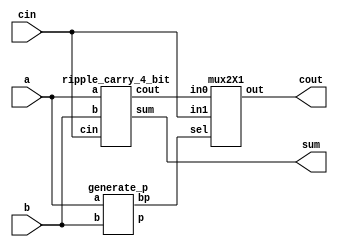
`timescale 1ns / 1ps



module carry_skip_adder(a, b, cin, sum, cout);
input [3:0] a,b;
input cin;
output [3:0] sum;
output cout;
wire [3:0] p;
wire c0;
wire bp;

ripple_carry_4_bit rca1 (.a(a[3:0]), .b(b[3:0]), .cin(cin), .sum(sum[3:0]), .cout(c0));
generate_p p1(a,b,p,bp);
mux2X1 m0(.in0(c0),.in1(cin),.sel(bp),.out(cout));

endmodule

module generate_p(a,b,p,bp);
input [3:0] a,b;
output [3:0] p;
output bp;
assign p= a^b;//get all propagate bits
assign bp= &p;// and p0p1p2p3 bits
endmodule

module ripple_carry_4_bit(a,b,cin,sum,cout);
input [3:0] a,b;
input cin;
wire c1,c2,c3;
output [3:0] sum;
output cout;

full_adder fa0(.a(a[0]), .b(b[0]),.cin(cin), .sum(sum[0]),.cout(c1));
full_adder fa1(.a(a[1]), .b(b[1]), .cin(c1), .sum(sum[1]),.cout(c2));
full_adder fa2(.a(a[2]), .b(b[2]), .cin(c2), .sum(sum[2]),.cout(c3));
full_adder fa3(.a(a[3]), .b(b[3]), .cin(c3), .sum(sum[3]),.cout(cout));
endmodule

module full_adder(a,b,cin,sum,cout);
output sum,cout;
input a,b,cin;
assign sum= (a^b)^cin;
assign cout = (cin&(a^b))|(a&b);
endmodule


module mux2X1( in0,in1,sel,out);
input in0,in1;
input sel;
output out;
assign out=(sel)?in1:in0;
endmodule